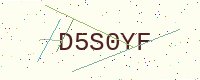
Text: D5S0YF